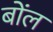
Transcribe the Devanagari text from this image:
बोंल